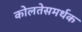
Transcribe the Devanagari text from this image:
कोलतेसमर्थक